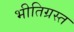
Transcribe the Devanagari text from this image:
भीतिग्रस्त